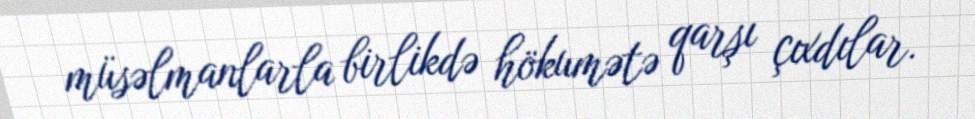
müsəlmanlarla birlikdə hökumətə qarşı çıxdılar.